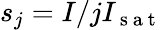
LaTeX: s_{j}=I/jI_{\mathrm{~s~a~t~}}